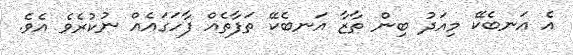
އެ އަނބެކޭ މިއަދު ބިން ތާޒާ އަނބެކޭ ތަފާތެއް ފާހަގައެއް ނުކުރެވެ އެވެ.